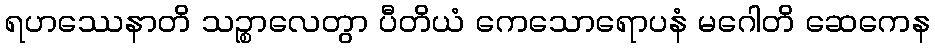
ရဟဿေနာတိ သဉ္စာလေတွာ ပီတိယံ ကေသောရောပနံ မဂေါတိ ဆေကေန